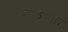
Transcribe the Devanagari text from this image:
गळयात